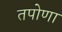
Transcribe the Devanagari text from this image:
तपोणा